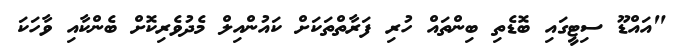
"އައްޑޫ ސިޓީގައި ބޮޑެތި ބިންތައް ހުރި ފަރާތްތަކަށް ކައުންއިލް މެދުވެރިކޮށް ބެންކާއި ވާހަކަ